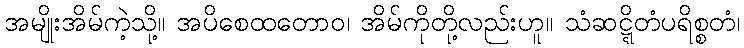
အမျိုးအိမ်ကဲ့သို့။ အပိစေထတောဝ၊ အိမ်ကိုတို့လည်းဟူ။ သံဆဋ္ဋိတံပရိစ္စတံ၊